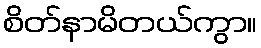
စိတ်နာမိတယ်ကွာ။